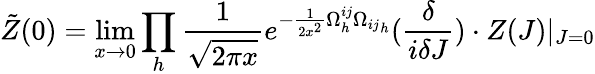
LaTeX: \tilde{Z}(0)=\operatorname*{lim}_{x\rightarrow 0}\prod_{h}\frac{1}{\sqrt{2\pi x}}e^{-\frac{1}{2x^{2}}\Omega_{h}^{ij}{\Omega_{ij}}_{h}}({\frac{\delta}{i\delta J}})\cdot Z(J)|_{J=0}